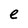
Character: e